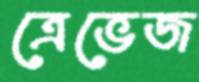
ত্রেভেজ